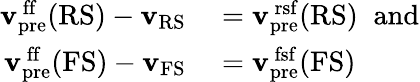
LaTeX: \begin{array}{rl}{{\mathbf{v}}_{\mathrm{pre}}^{\mathrm{\, ff}}(\mathrm{RS})-{\mathbf{v}}_{\mathrm{RS}}}&{{}={\mathbf{v}}_{\mathrm{pre}}^{\mathrm{\, rsf}}(\mathrm{RS})\; \; \mathrm{and}}\\ {{\mathbf{v}}_{\mathrm{pre}}^{\mathrm{\, ff}}(\mathrm{FS})-{\mathbf{v}}_{\mathrm{FS}}}&{{}={\mathbf{v}}_{\mathrm{pre}}^{\mathrm{\, fsf}}(\mathrm{FS})}\end{array}